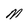
Character: M